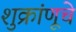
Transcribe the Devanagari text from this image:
शुक्रांणूचे